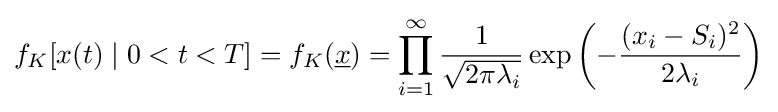
f_{K}[x(t)\mid 0<t<T]=f_{K}({\underline {x}})=\prod _{i=1}^{\infty }{\frac {1}{\sqrt {2\pi \lambda _{i}}}}\exp \left(-{\frac {(x_{i}-S_{i})^{2}}{2\lambda _{i}}}\right)